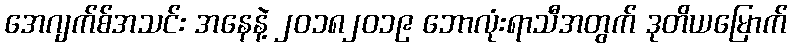
အေဂျက်စ်အသင်း အနေနဲ့ ၂၀၁၈၂၀၁၉ ဘောလုံးရာသီအတွက် ဒုတိယမြောက်